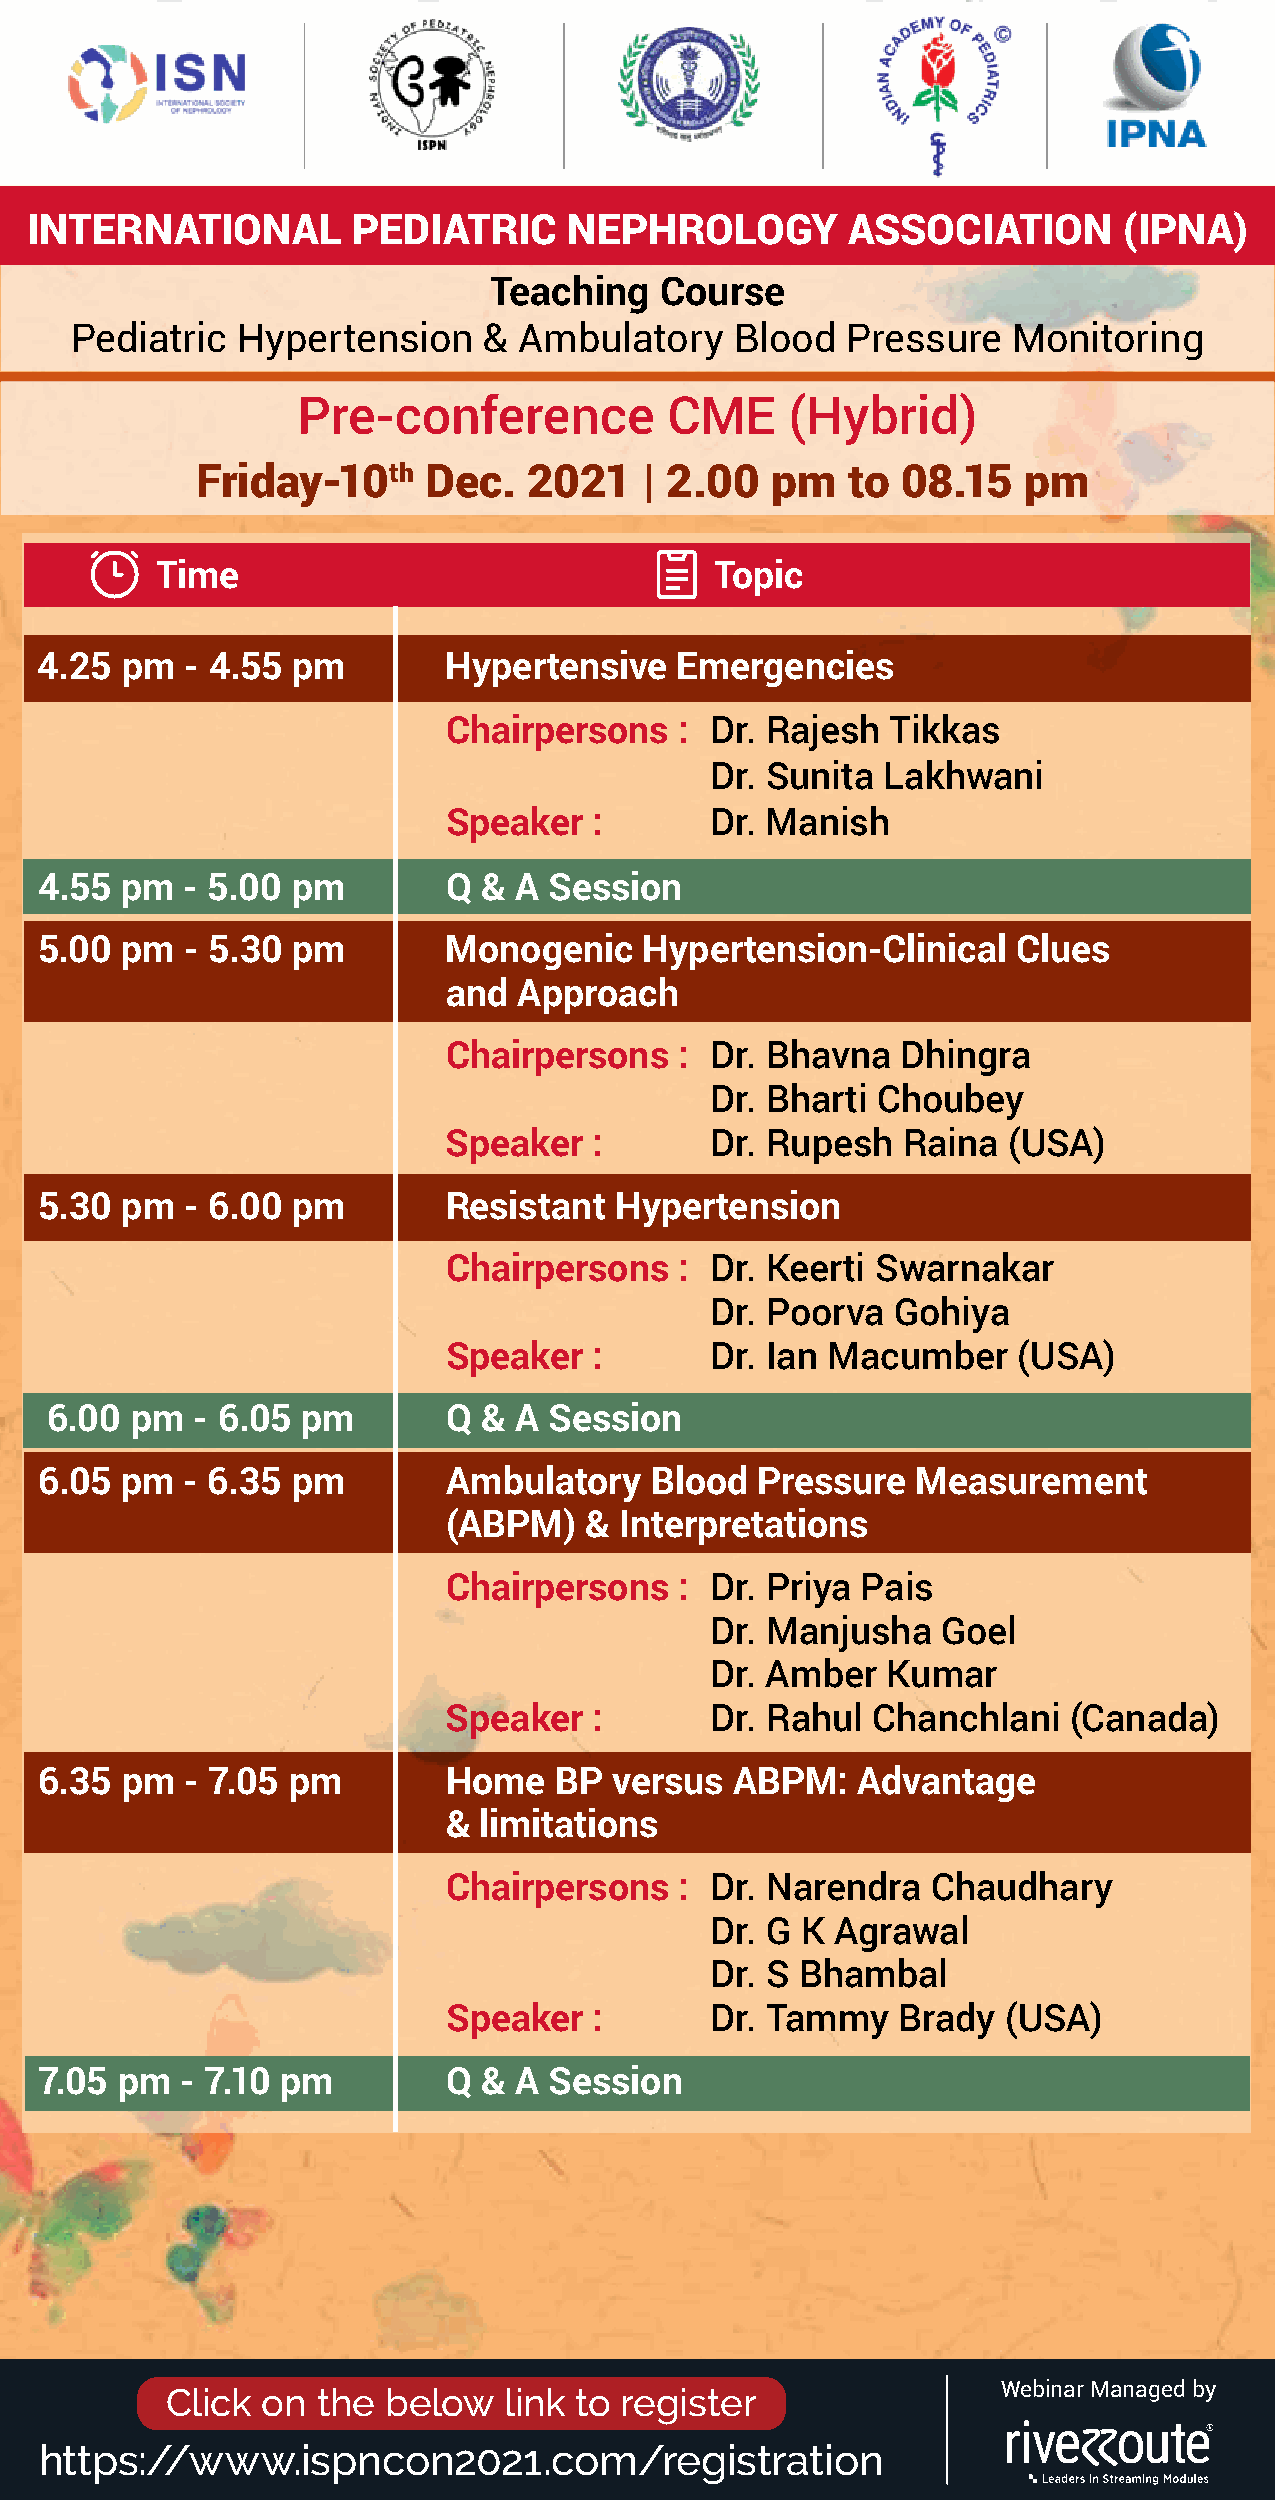
INTERNATIONAL        PEDIATRIC      NEPHROLOGY        ASSOCIATION       (IPNA)
 Teaching    Course
 Pediatric  Hypertension    & Ambulatory     Blood  Pressure   Monitoring
 Pre-conference          CME     (Hybrid)
 Friday-10th    Dec.   2021    | 2.00  pm   to  08.15   pm
 Time                                 Topic
 4.25  pm  - 4.55 pm        Hypertensive    Emergencies
 Chairpersons    : Dr. Rajesh  Tikkas
 Dr. Sunita  Lakhwani
 Speaker   :       Dr. Manish
 4.55  pm  - 5.00 pm         Q & A Session
 5.00  pm  - 5.30 pm        Monogenic     Hypertension-Clinical   Clues
 and Approach
 Chairpersons   : Dr. Bhavna   Dhingra
 Dr. Bharti Choubey
 Speaker  :       Dr. Rupesh   Raina  (USA)
 5.30  pm  - 6.00 pm         Resistant  Hypertension
 Chairpersons   : Dr. Keerti Swarnakar
 Dr. Poorva  Gohiya
 Speaker  :       Dr. Ian Macumber    (USA)
 6.00  pm  - 6.05 pm        Q & A Session
 6.05  pm  - 6.35 pm         Ambulatory   Blood  Pressure   Measurement
 (ABPM)   & Interpretations
 Chairpersons   : Dr. Priya Pais
 Dr. Manjusha   Goel
 Dr. Amber   Kumar
 Speaker  :       Dr. Rahul  Chanchlani   (Canada)
 6.35 pm  - 7.05 pm         Home   BP  versus  ABPM:   Advantage
 & limitations
 Chairpersons   : Dr. Narendra   Chaudhary
 Dr. G K Agrawal
 Dr. S Bhambal
 Speaker  :       Dr. Tammy   Brady   (USA)
 7.05 pm  - 7.10 pm         Q & A Session
 Click on  the below   link to register                 Webinar Managed by
 https://www.ispncon2021.com/registration